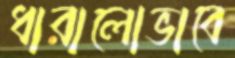
ধারালোভাবে